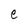
Character: e